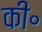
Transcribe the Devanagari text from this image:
की॰